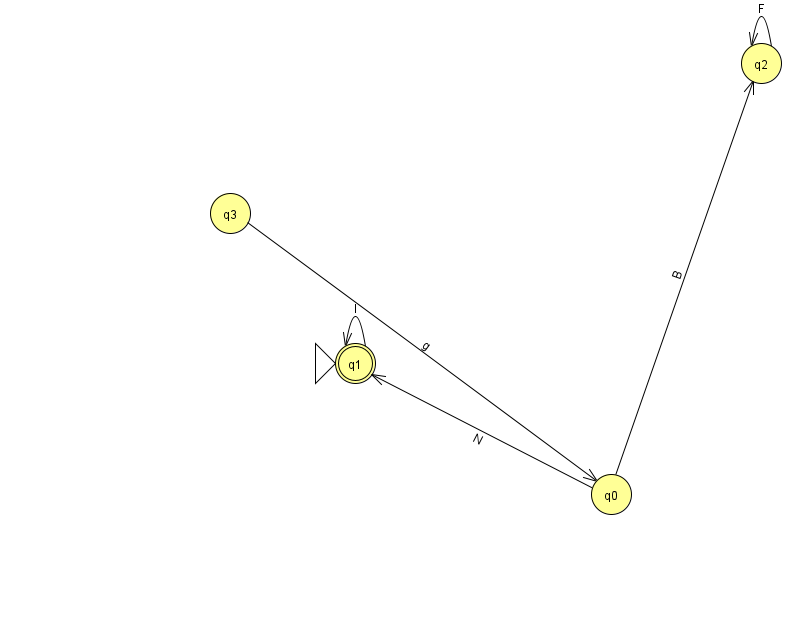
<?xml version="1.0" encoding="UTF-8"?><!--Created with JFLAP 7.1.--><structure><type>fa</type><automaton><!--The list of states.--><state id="0" name="q0"><x>611.0</x><y>481.0</y></state><state id="1" name="q1"><x>355.0</x><y>350.0</y><initial/><final/></state><state id="2" name="q2"><x>761.0</x><y>50.0</y></state><state id="3" name="q3"><x>230.0</x><y>200.0</y></state><!--The list of transitions.--><transition><from>0</from><to>2</to><read>B</read></transition><transition><from>2</from><to>2</to><read>F</read></transition><transition><from>0</from><to>1</to><read>N</read></transition><transition><from>1</from><to>1</to><read>I</read></transition><transition><from>3</from><to>0</to><read>g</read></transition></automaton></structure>